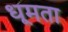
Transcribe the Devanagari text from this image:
धूमता